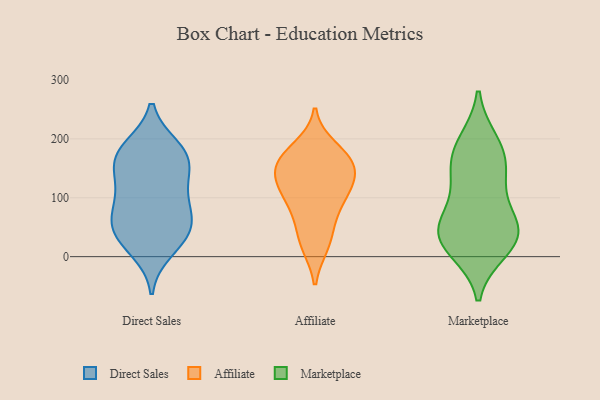
{"axis": {"x": "Waste Production (Tons)", "y": "Value"}, "legend": ["Affiliate", "Direct Sales", "Marketplace"], "data": [{"x": "", "y": 11, "type": "Direct Sales"}, {"x": "", "y": 54, "type": "Direct Sales"}, {"x": "", "y": 41, "type": "Direct Sales"}, {"x": "", "y": 85, "type": "Direct Sales"}, {"x": "", "y": 29, "type": "Direct Sales"}, {"x": "", "y": 185, "type": "Direct Sales"}, {"x": "", "y": 46, "type": "Direct Sales"}, {"x": "", "y": 95, "type": "Direct Sales"}, {"x": "", "y": 125, "type": "Direct Sales"}, {"x": "", "y": 68, "type": "Direct Sales"}, {"x": "", "y": 166, "type": "Direct Sales"}, {"x": "", "y": 160, "type": "Direct Sales"}, {"x": "", "y": 171, "type": "Direct Sales"}, {"x": "", "y": 182, "type": "Direct Sales"}, {"x": "", "y": 128, "type": "Direct Sales"}, {"x": "", "y": 161, "type": "Affiliate"}, {"x": "", "y": 58, "type": "Affiliate"}, {"x": "", "y": 125, "type": "Affiliate"}, {"x": "", "y": 107, "type": "Affiliate"}, {"x": "", "y": 102, "type": "Affiliate"}, {"x": "", "y": 164, "type": "Affiliate"}, {"x": "", "y": 171, "type": "Affiliate"}, {"x": "", "y": 185, "type": "Affiliate"}, {"x": "", "y": 23, "type": "Affiliate"}, {"x": "", "y": 151, "type": "Affiliate"}, {"x": "", "y": 145, "type": "Affiliate"}, {"x": "", "y": 20, "type": "Affiliate"}, {"x": "", "y": 80, "type": "Affiliate"}, {"x": "", "y": 124, "type": "Affiliate"}, {"x": "", "y": 77, "type": "Marketplace"}, {"x": "", "y": 12, "type": "Marketplace"}, {"x": "", "y": 46, "type": "Marketplace"}, {"x": "", "y": 148, "type": "Marketplace"}, {"x": "", "y": 186, "type": "Marketplace"}, {"x": "", "y": 194, "type": "Marketplace"}, {"x": "", "y": 158, "type": "Marketplace"}, {"x": "", "y": 22, "type": "Marketplace"}, {"x": "", "y": 50, "type": "Marketplace"}, {"x": "", "y": 124, "type": "Marketplace"}, {"x": "", "y": 40, "type": "Marketplace"}, {"x": "", "y": 33, "type": "Marketplace"}]}